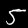
Label: 5